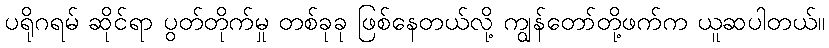
ပရိုဂရမ် ဆိုင်ရာ ပွတ်တိုက်မှု တစ်ခုခု ဖြစ်နေတယ်လို့ ကျွန်တော်တို့ဖက်က ယူဆပါတယ်။